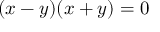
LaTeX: ( x - y ) ( x + y ) = 0